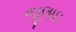
જૂલાઇ